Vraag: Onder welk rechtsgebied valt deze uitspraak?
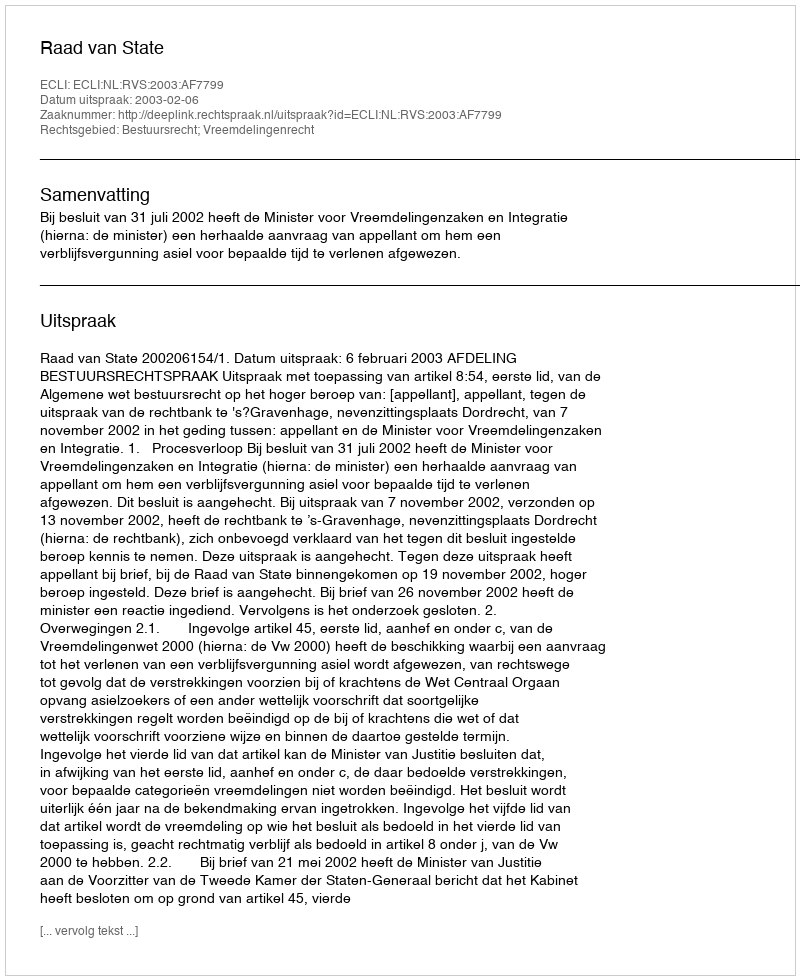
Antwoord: Bestuursrecht; Vreemdelingenrecht